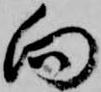
向